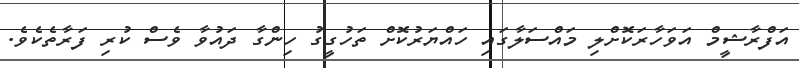
އަފްރާޝީމް އަވަހާރަކޮށްލި މައްސަލާގައި ހައްޔަރުކޮށް ތަހުގީގު ހިންގާ ދައުވާ ވެސް ކުރި ފަރާތެކެވެ.